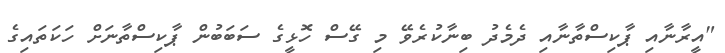
"އީރާނާއި ޕާކިސްތާނާއި ދެމެދު ބިނާކުރެވޭ މި ގޭސް ހޮޅީގެ ސަބަބުން ޕާކިސްތާނަށް ހަކަތައިގެ